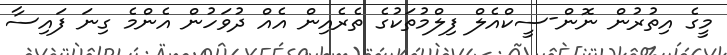
މީގެ އިތުރުން ނޮން-ސީކްއެލް ފިލްމުތަކުގެ ތެރެއިން އެއް ދުވަހުން އެންމެ ގިނަ ފައިސާ